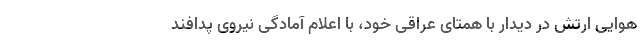
هوایی ارتش در دیدار با همتای عراقی خود، با اعلام آمادگی نیروی پدافند